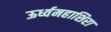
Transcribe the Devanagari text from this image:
ऊर्ध्वमहाशिरा